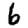
Digit: 6